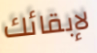
لإبقائك